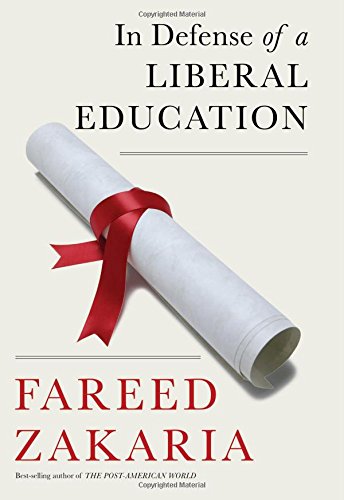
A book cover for In Defense of a Liberal Education; Fareed Zakaria; Education & Teaching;